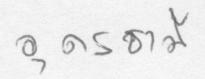
อุดรธานี